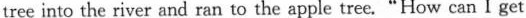
tree into the river and ran to the apple tree."How can I get